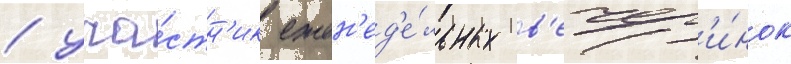
/ уча́стн'ик ежен'ед'е́льных в'ечер'и́нок